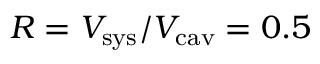
R = V _ { \mathrm { s y s } } / V _ { \mathrm { c a v } } = 0 . 5